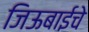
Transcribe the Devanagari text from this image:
जिऊबाईचे